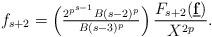
LaTeX: \begin{align*}f_{s+2} = \left(\tfrac{2^{p^{s-1}}B(s-2)^p}{B(s-3)^p}\right)\frac{F_{s+2}({\bf \underline{f}})}{X^{2p}}.\end{align*}